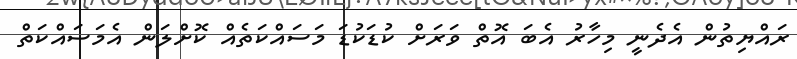
ރައްޔިތުން އެދެނީ މިހާރު އެބަ އޮތް ވަރަށް ކުޑަކުޑަ މަސައްކަތެއް ކޮށްލަން އެމަސައްކަތް